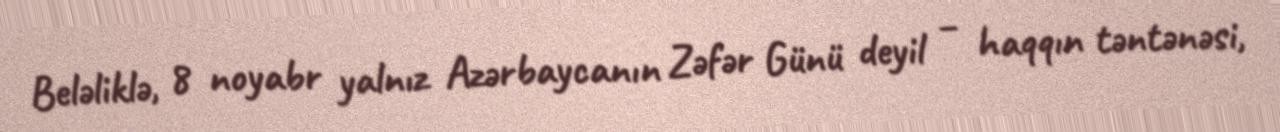
Beləliklə, 8 noyabr yalnız Azərbaycanın Zəfər Günü deyil – haqqın təntənəsi,